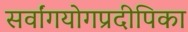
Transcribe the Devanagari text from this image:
सर्वांगयोगप्रदीपिका